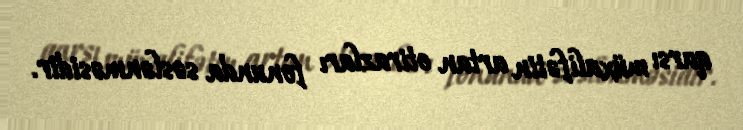
qarsı müxalifətin artan etirazları fonunda səslənməsidir.